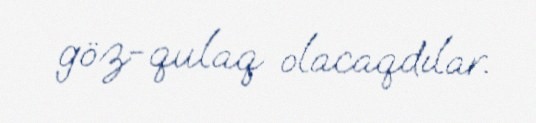
göz-qulaq olacaqdılar.